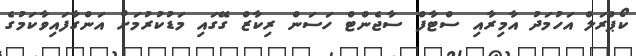
ކޯޕްރަލް އަހުމަދު އާމިރާއި ސްޓާފް ސާޖެންޓް ހަސަން ރިކާޒް ގޭގައި މަޑުކުރުމަށް އަންގާފައިވާކަމުގެ